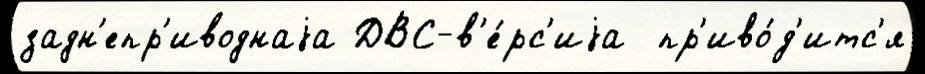
задн'епр'иводнаjа ДВС-в'е́рс'иjа  пр'иво́д'итс'я